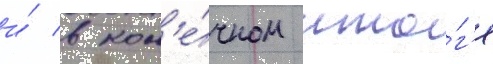
и́ в кон'е́чном ито́г'е